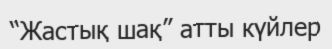
“Жастық шақ” атты күйлер